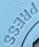
PRESS